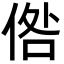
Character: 倃